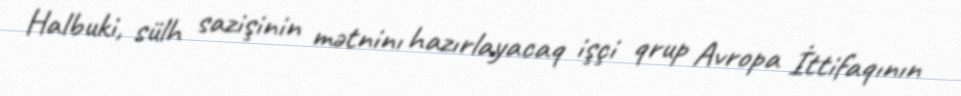
Halbuki, sülh sazişinin mətninı hazırlayacaq işçi qrup Avropa İttifaqının